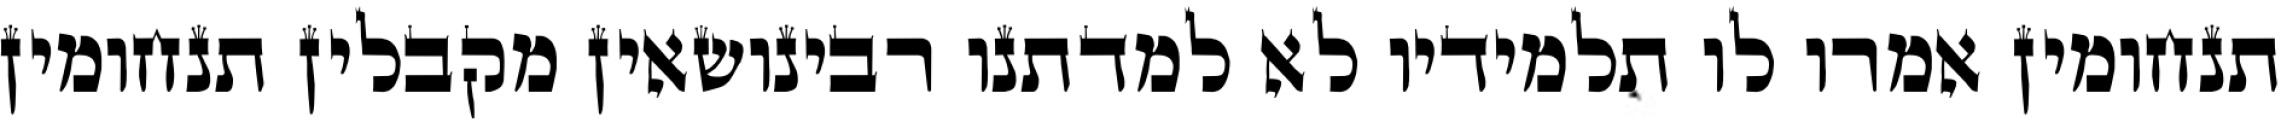
תנחומין אמרו לו תלמידיו לא למדתנו רבינושאין מקבלין תנחומין